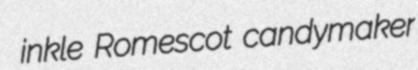
inkle Romescot candymaker